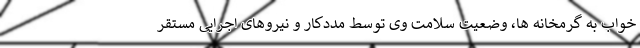
خواب به گرمخانه ها، وضعیت سلامت وی توسط مددکار و نیروهای اجرایی مستقر